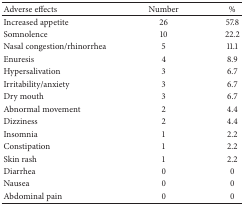
<table><thead><tr><td><b>Adverse effects</b></td><td><b>Number</b></td><td><b>%</b></td></tr></thead><tbody><tr><td>Increased appetite</td><td>26</td><td>57.8</td></tr><tr><td>Somnolence</td><td>10</td><td>22.2</td></tr><tr><td>Nasal congestion/rhinorrhea</td><td>5</td><td>11.1</td></tr><tr><td>Enuresis</td><td>4</td><td>8.9</td></tr><tr><td>Hypersalivation</td><td>3</td><td>6.7</td></tr><tr><td>Irritability/anxiety</td><td>3</td><td>6.7</td></tr><tr><td>Dry mouth</td><td>3</td><td>6.7</td></tr><tr><td>Abnormal movement</td><td>2</td><td>4.4</td></tr><tr><td>Dizziness</td><td>2</td><td>4.4</td></tr><tr><td>Insomnia</td><td>1</td><td>2.2</td></tr><tr><td>Constipation</td><td>1</td><td>2.2</td></tr><tr><td>Skin rash</td><td>1</td><td>2.2</td></tr><tr><td>Diarrhea</td><td>0</td><td>0</td></tr><tr><td>Nausea</td><td>0</td><td>0</td></tr><tr><td>Abdominal pain</td><td>0</td><td>0</td></tr></tbody></table>